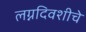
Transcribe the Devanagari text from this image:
लग्नदिवशीचे